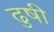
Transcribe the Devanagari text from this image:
ढुषी